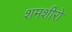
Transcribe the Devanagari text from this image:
शमशीरो